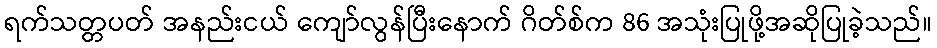
ရက်သတ္တပတ် အနည်းငယ် ကျော်လွန်ပြီးနောက် ဂိတ်စ်က 86 အသုံးပြုဖို့အဆိုပြုခဲ့သည်။